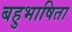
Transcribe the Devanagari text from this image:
बहुभाषिता